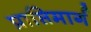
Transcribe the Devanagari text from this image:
प्राप्तिमार्ग